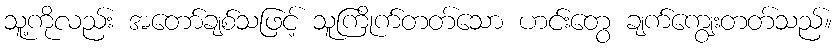
သူ့ကိုလည်း အတော်ချစ်သဖြင့် သူကြိုက်တတ်သော ဟင်းတွေ ချက်ကျွေးတတ်သည်။